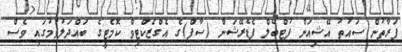
ފަރާތުން ސައުތު އޭޝިއަން ފުޓްބޯލް ފެޑެރޭޝަން (ސާފް)ގެ އެގްޒެކްޓިވް ކޮމެޓީގެ ބައްދަލުވުމުގައި ވެސް